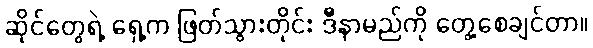
ဆိုင်တွေရဲ့ ရှေ့က ဖြတ်သွားတိုင်း ဒီနာမည်ကို တွေ့စေချင်တာ။